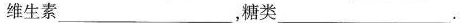
维生素___，糖类___.